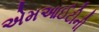
એમઆઈટીની